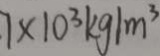
7 \times 1 0 ^ { 3 } k g / m ^ { 3 }